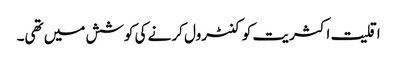
اقلیت اکثریت کو کنٹرول کرنے کی کوشش میں تھی۔